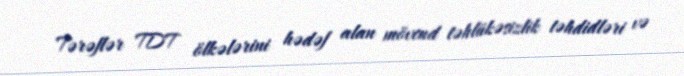
Tərəflər TDT ölkələrini hədəf alan mövcud təhlükəsizlik təhdidləri və